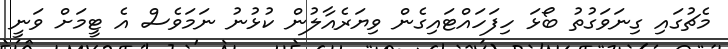
މެޗުގައި ގިނަވަގުތު ބޯޅަ ހިފަހައްޓައިގެން ވިޔަރެއާލުން ކުޅުނު ނަމަވެސް އެ ޓީމަށް ވަނީ